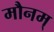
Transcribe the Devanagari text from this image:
मौनम्‌